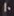
10